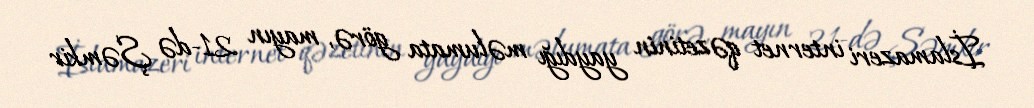
İslamazeri internet qəzetinin yaydığı məlumata görə, mayın 21-də Şəmkir